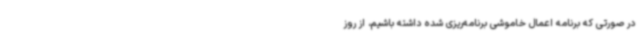
در صورتی که برنامه اعمال خاموشی برنامه‌ریزی شده داشته باشیم، از روز